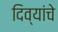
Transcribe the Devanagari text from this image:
दिव्यांचे